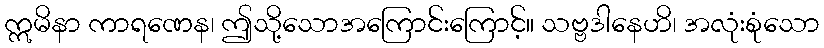
ဣမိနာ ကာရဏေန၊ ဤသို့သောအကြောင်းကြောင့်။ သဗ္ဗဒါနေဟိ၊ အလုံးစုံသော